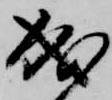
成